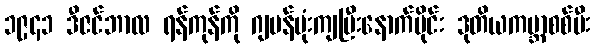
၁၉၄၁ ဒီဇင်ဘာလ ရန်ကုန်ကို ဂျပန်ဗုံးကျပြီးနောက်ပိုင်း ဒုတိယကမ္ဘာစစ်မီး